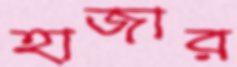
হাজার